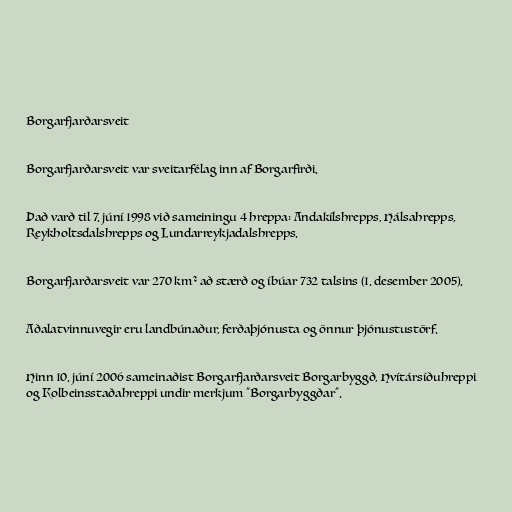
Borgarfjarðarsveit

Borgarfjarðarsveit var sveitarfélag inn af Borgarfirði.

Það varð til 7. júní 1998 við sameiningu 4 hreppa: Andakílshrepps, Hálsahrepps,
Reykholtsdalshrepps og Lundarreykjadalshrepps.

Borgarfjarðarsveit var 270 km² að stærð og íbúar 732 talsins (1. desember 2005).

Aðalatvinnuvegir eru landbúnaður, ferðaþjónusta og önnur þjónustustörf.

Hinn 10. júní 2006 sameinaðist Borgarfjarðarsveit Borgarbyggð, Hvítársíðuhreppi
og Kolbeinsstaðahreppi undir merkjum "Borgarbyggðar".